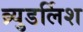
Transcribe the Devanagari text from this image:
ब्र्युडर्लिश